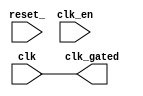
// ================================================================
// NVDLA Open Source Project
//
// Copyright(c) 2016 - 2017 NVIDIA Corporation. Licensed under the
// NVDLA Open Hardware License; Check "LICENSE" which comes with
// this distribution for more information.
// ================================================================
//
`define VLIB_BYPASS_POWER_CG
`define VERILINT
//
module NV_CLK_gate_power (clk, reset_, clk_en, clk_gated);
input clk, reset_, clk_en;
output clk_gated;
`ifdef VLIB_BYPASS_POWER_CG
assign clk_gated = clk;
`else
CKLNQD12 p_clkgate (.TE(1'b0), .CP(clk), .E(clk_en), .Q(clk_gated));
`endif // VLIB_BYPASS_POWER_CG
// the gated clk better not be x after reset
//
`ifdef VERILINT
`else
// synopsys translate_off
reg disable_asserts; initial disable_asserts = $test$plusargs( "disable_nv_clk_gate_asserts" ) != 0;
nv_assert_no_x #(0, 1, 0, "clk_gated is X after reset" )
    clk_not_x( .clk( clk ), .reset_( reset_ || disable_asserts ), .start_event( 1'b1 ), .test_expr( clk_gated ) );
// Above assert is not reliable for catching X on clk_en. See bug 872824.
nv_assert_no_x #(0, 1, 0, "clk_en is X after reset" )
    clk_en_not_x( .clk( clk ), .reset_( reset_ || disable_asserts ), .start_event( 1'b1 ), .test_expr( clk_en ) );
// synopsys translate_on
`endif
endmodule // NV_CLK_gate